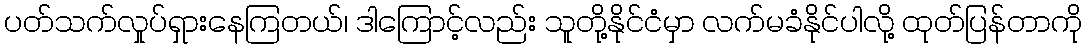
ပတ်သက်လှုပ်ရှားနေကြတယ်၊ ဒါကြောင့်လည်း သူတို့နိုင်ငံမှာ လက်မခံနိုင်ပါလို့ ထုတ်ပြန်တာကို